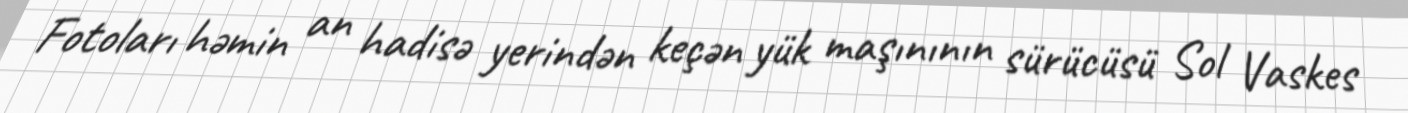
Fotoları həmin an hadisə yerindən keçən yük maşınının sürücüsü Sol Vaskes